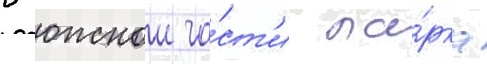
в южнои ча́ст'и па́рка